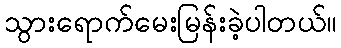
သွားရောက်မေးမြန်းခဲ့ပါတယ်။